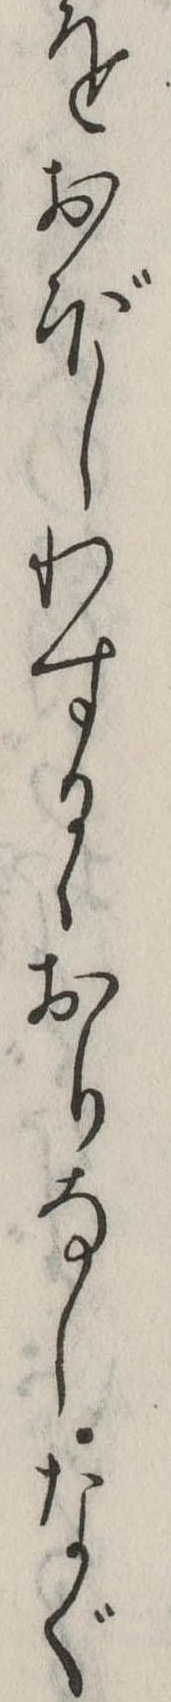
をおぼしわするゝおりなしなぐ